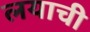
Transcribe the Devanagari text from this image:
लयाची